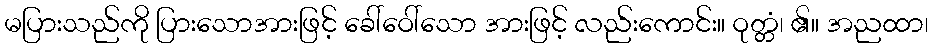
မပြားသည်ကို ပြားသောအားဖြင့် ခေါ်ဝေါ်သော အားဖြင့် လည်းကောင်း။ ဝုတ္တံ၊ ၏။ အညထာ၊